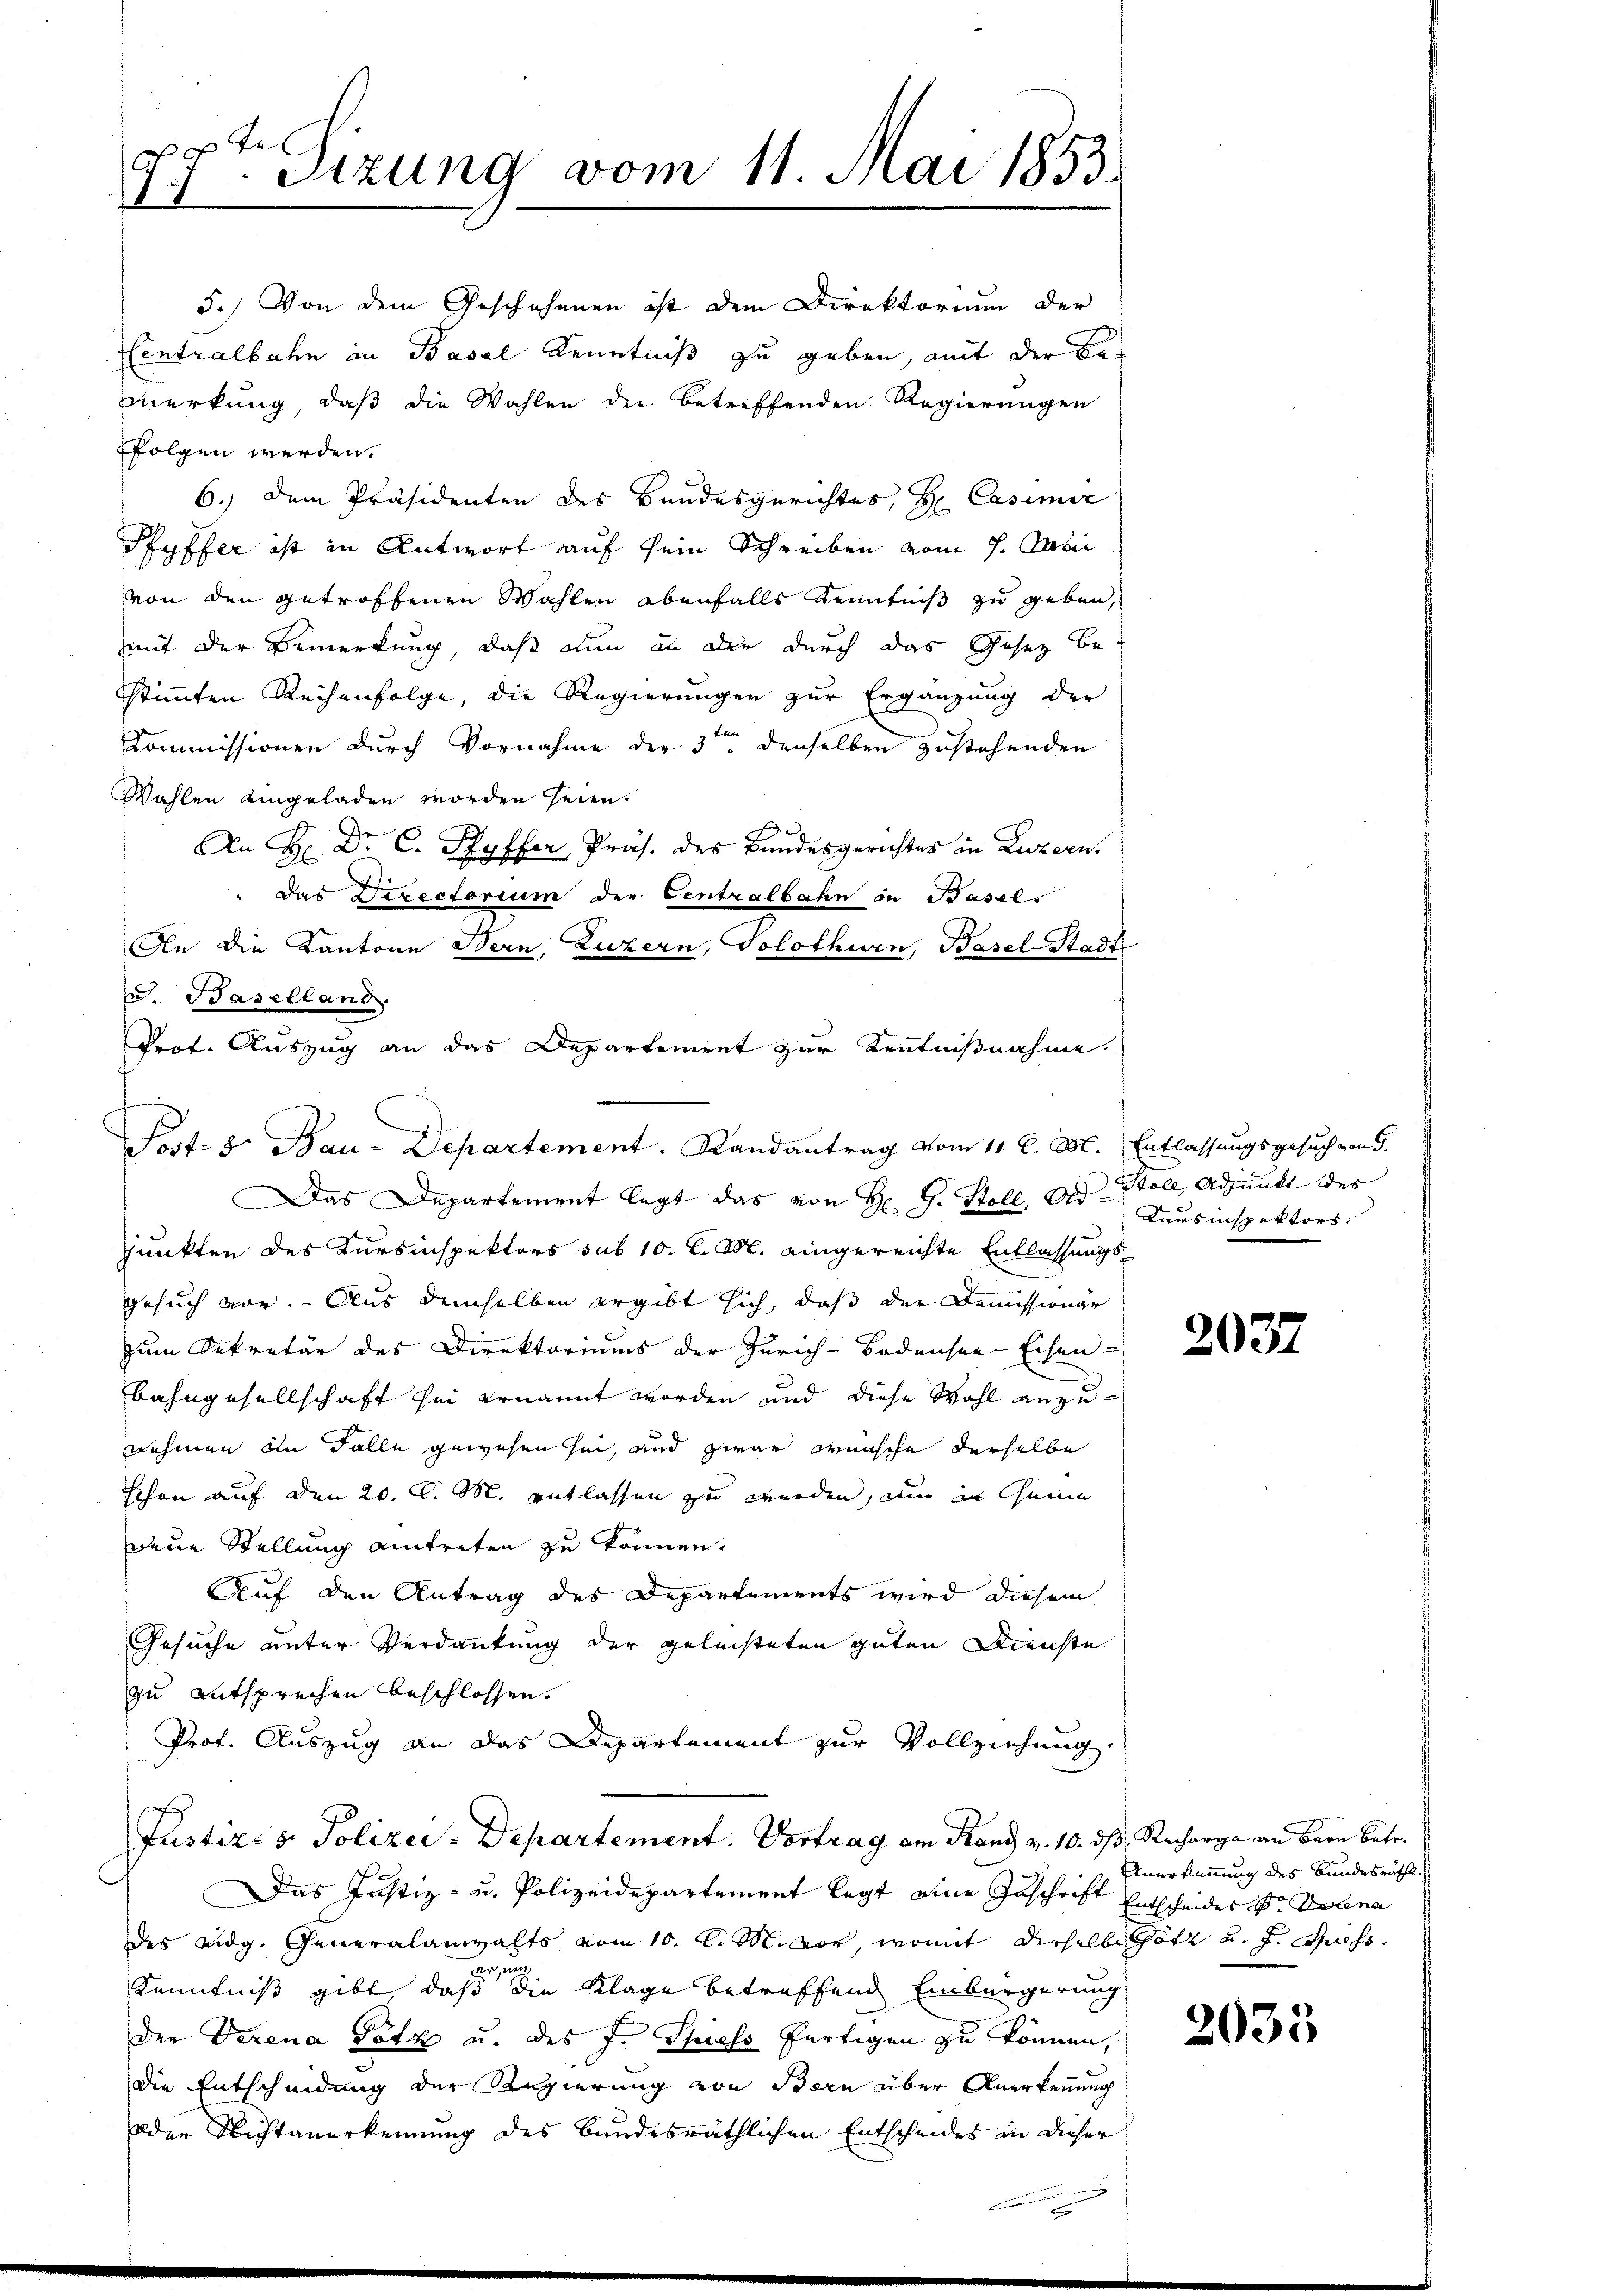
D
t Sizung vom 11. Mai 1853.
1

Pot. 5. Bau-Departement. Randantrag vom 11 l. M. Entlassungsgesuch von d.
Das Departement legt das von H. G. Stoll, der Stoll, Adjunkt des

5.) Von dem Geschehenen ist dem Direktorium der
Centralbahn in Basel Kenntniß zu geben, mit der Be¬
Merkung, daß die Wahlen die betreffenden Regierungen
folgen werden.
6.) Dem Präsidenten des Bandesgerichtes, Hr. Casimir
Pfyffer ist in Antwort auf sein Schreiben vom 1. Mobil
von den getroffenen Wahlen ebenfalls Kenntniß zu geben,
mit der Bemerkung, daß nun an der durch das Gesetz bestimmten Reihenfolge, die Regierungen zur Ergänzung der
far
Commissionen durch Vornahme der 3 denselben zustehenden
Wahlen eingeladen worden seien.
An H: Dr. C. Pfyffer, Präs. des Bundesgerichtes in Luzern.
" Das Directorium der Centralbahn in Basel-
An die Kantone Bern, Luzern, Solothurn, Basel Stadt
d. Baselland
Prof. Auszug an das Departement zur Kenntnißnahme
junkten des Kursinspektors sub 10. d. M. eingereichte Entlassungs¬
Gesuch vor. Aus demselben ergibt sich, daß der Demissionär
zum Sekretär des Direktoriums der Zürich-Bodensee-Echen-
bahngesellschaft sei ernannt worden und diese Wahl anzunehmen in Falle gewesen sei, und zwar wünsche derselbe
schon auf den 20. d. M. entlassen zu werden, um in Gene
dene Stellung eintreten zu können.
Auf den Antrag des Departements wird diesem
Gesuche unter Verdankung der geleisteten guten Dienste
zu entsprechen beschlossen.
Prof. Auszug an das Departement zur Vollziehung
Justiz- & Polizei-Departement. Vortrag am Rand v. 10. dß, Recharge an Bern Betr.
Das Justiz- u. Polizeidepartement legt eine Zuschrift Entscheides der Delena
des eidg. Generalanwalts vom 10. d. M. vor, womit derselbe Gott u. f. Hochs
un
Ar
Kenntniß gibt, daß die Klage betreffend Einbürgerung
der Verena Totz u. des J. Spiels fertigen zu können,
die Entscheidung der Regierung von Bern über Anerkennung
oder Nichtanerkennung des Bundesräthlichen Entscheides in dieser

Kursinspektors.

2037

Anerkennung des Bundesräths

2033